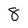
Character: 8